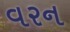
વરન